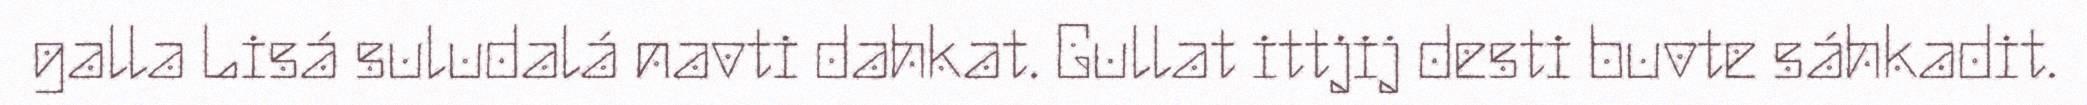
galla Lisá suludalá navti dahkat. Gullat ittjij desti buvte sáhkadit.